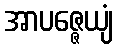
အာပဇ္ဇေယျံ